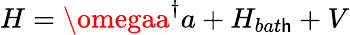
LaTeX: H=\omegaa^{\dagger}a+H_{bat\mathsf{h}}+V